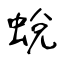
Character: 蛻